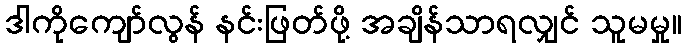
ဒါကိုကျော်လွန် နင်းဖြတ်ဖို့ အချိန်သာရလျှင် သူမမှု။